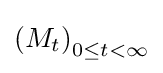
\left(M_{t}\right)_{0\leq t<\infty }